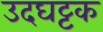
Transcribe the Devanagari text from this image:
उदघट्टक